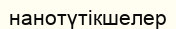
нанотүтікшелер